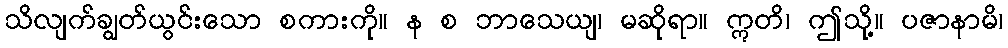
သိလျက်ချွတ်ယွင်းသော စကားကို။ န စ ဘာသေယျ၊ မဆိုရာ။ ဣတိ၊ ဤသို့။ ပဇာနာမိ၊